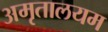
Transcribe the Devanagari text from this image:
अमृतालयम